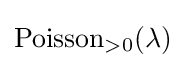
\operatorname {Poisson} _{>0}(\lambda )